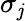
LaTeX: \sigma_{\mathit{j}}